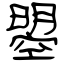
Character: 曌